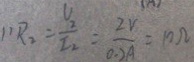
1 ) R _ { 2 } = \frac { U 2 } { I _ { 2 } } = \frac { 2 v } { 0 . 2 A } = 1 0 \Omega